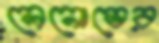
লেনোভের